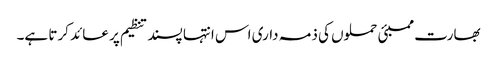
بھارت ممبئی حملوں کی ذمہ داری اس انتہا پسند تنظیم پر عائد کرتا ہے۔